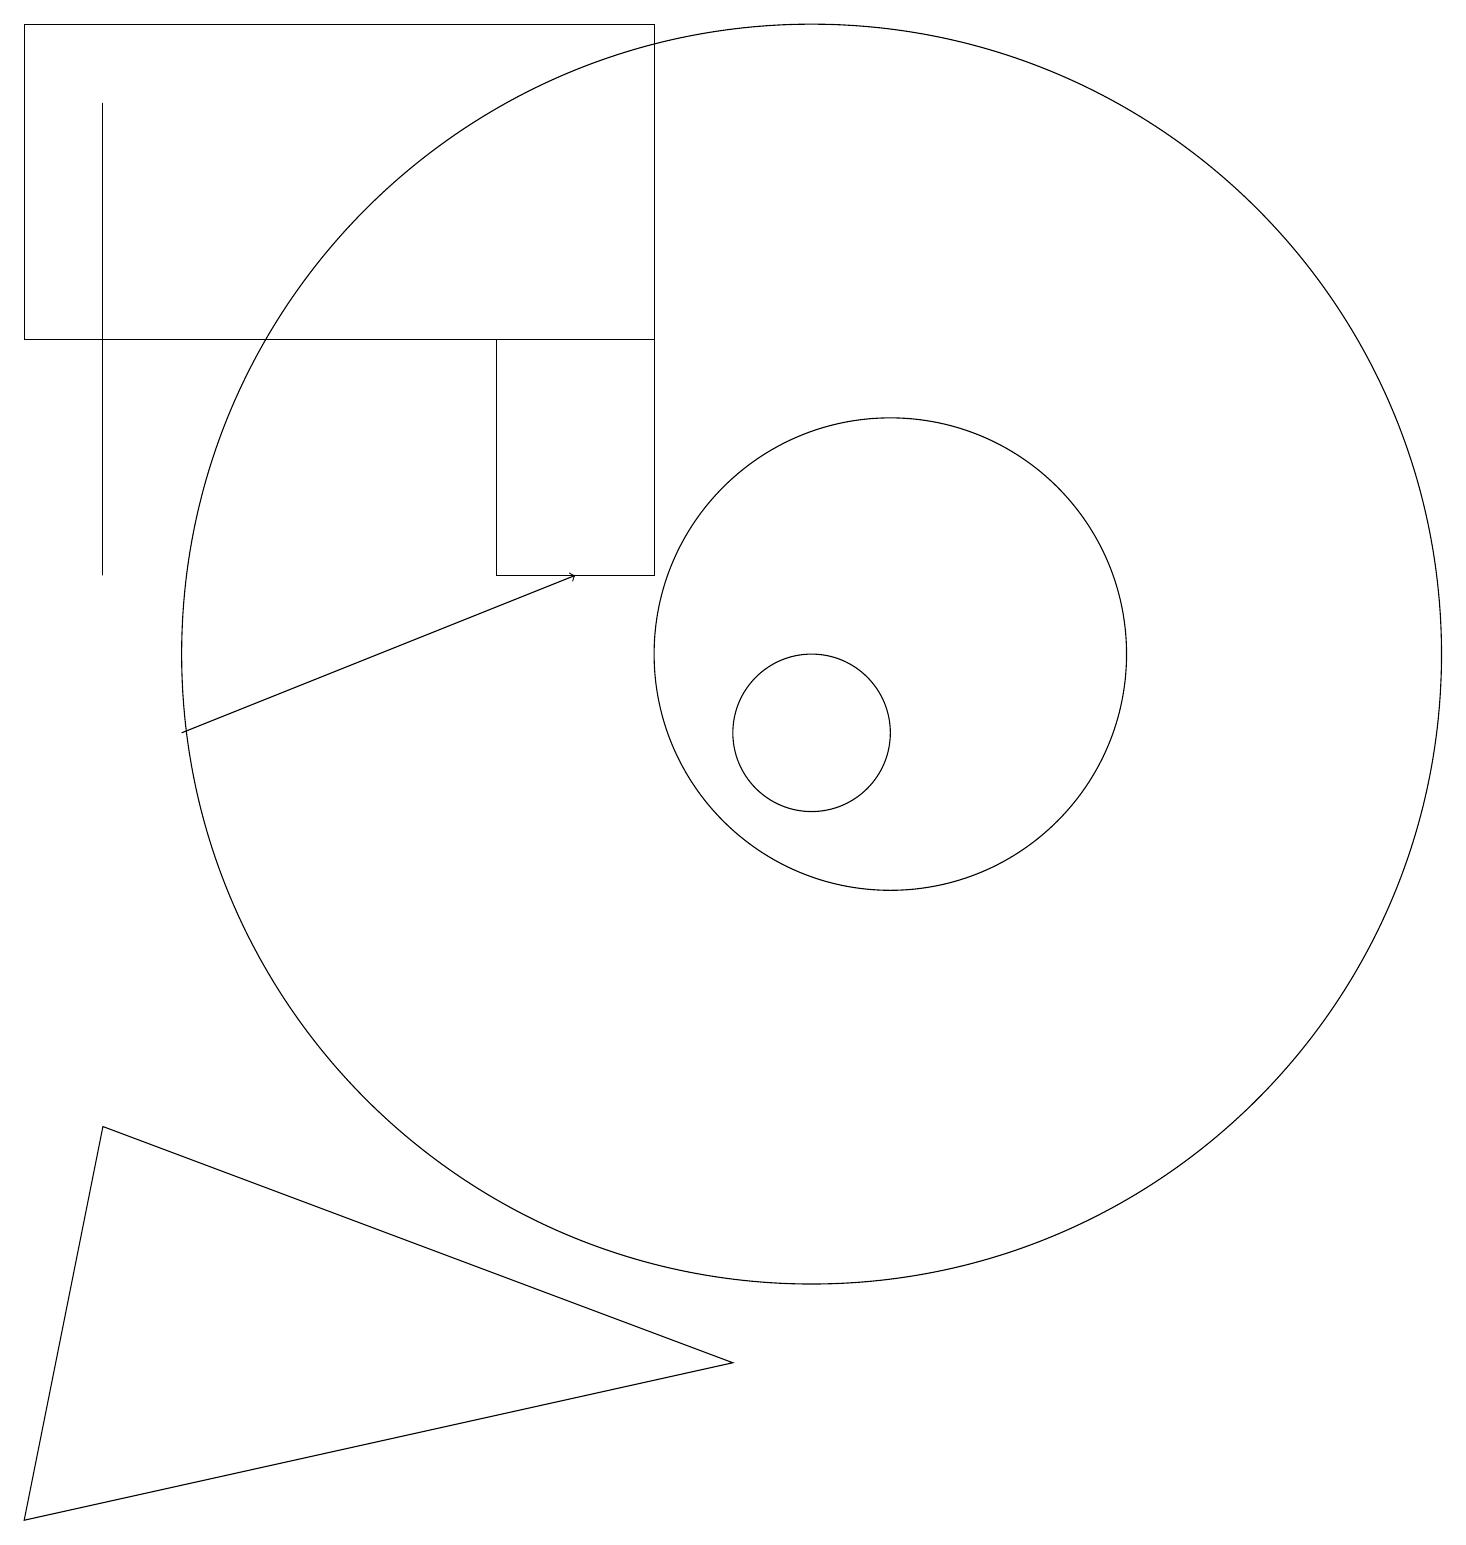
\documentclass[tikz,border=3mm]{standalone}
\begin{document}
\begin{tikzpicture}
\draw (10,11) circle (8);
\draw[->] (2,10) -- (7,12);
\draw (8,19) rectangle (0,15);
\draw (10,10) circle (1);
\draw (6,12) rectangle (8,15);
\draw (11,11) circle (3);
\draw (1,5) -- (0,0) -- (9,2) -- cycle;
\draw (1,18) rectangle (1,12);
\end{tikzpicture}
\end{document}